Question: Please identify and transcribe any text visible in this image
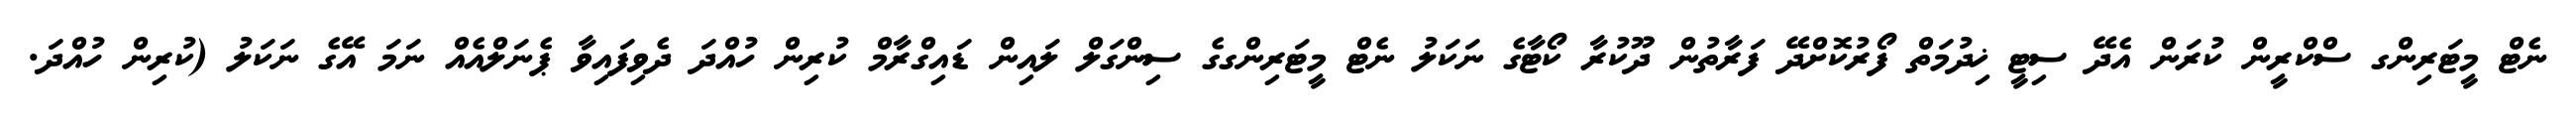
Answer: ނެޓް މީޓަރިންގ ސްކްރީން ކުރަން އެދޭ ސިޓީ ޚިދުމަތް ފޯރުކޮށްދޭ ފަރާތުން ދޫކުރާ ކޯޓާގެ ނަކަލު ނެޓް މީޓަރިންގގެ ސިންގަލް ލައިން ޑައިގްރާމް ކުރިން ހުއްދަ ދެވިފައިވާ ޕެނަލްއެއް ނަމަ އޭގެ ނަކަލު (ކުރިން ހުއްދަ.